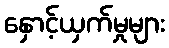
နှောင့်ယှက်မှုများ